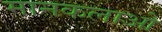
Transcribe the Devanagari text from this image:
मानकलाओ